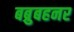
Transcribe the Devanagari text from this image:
बब्रुबहनर